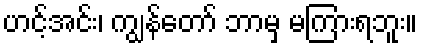
ဟင့်အင်း၊ ကျွန်တော် ဘာမှ မကြားရဘူး။